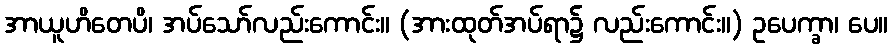
အာယူဟိတေပိ၊ အပ်သော်လည်းကောင်း။ (အားထုတ်အပ်ရာ၌ လည်းကောင်း။) ဥပေက္ခာ၊ ပေ။